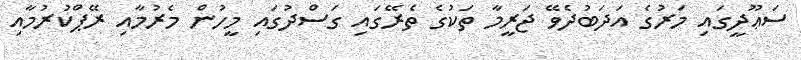
ސަޢޫދީގައި މަރުގެ އަދަބުދެވޭ ޖަރީމާ ތަކުގެ ތެރޭގައި ގަސްދުގައި މީހުން މެރުމާއި ރޭޕްކުރުމާއި